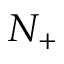
N _ { + }